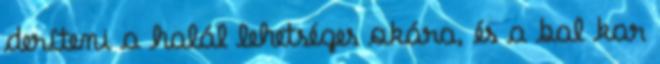
deríteni a halál lehetséges okára, és a bal kar